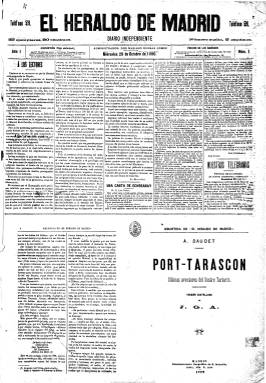
Título: El Heraldo de Madrid
Colección: Periódicos
Ámbito geográfico: Madrid
Lugar de publicación: Madrid
Fechas: 29/10/1890-26/03/1939

Publicación vespertina o de la noche, que llegará a tirar diversas ediciones diarias, es fundada con una tendencia demócrata avanzada por Felipe Ducazcal (1845-1891), siendo sus primeros directores Augusto Suárez Figueroa (1852-1904) y José Gutiérrez Abascal (1852-1907). Seguidamente será propietario y director Eugenio González Sangrador y, ya en 1893, perderá el artículo de su título y será adquirido e inspirado por José Canalejas (1854-1916), convirtiéndose en órgano del Partido Liberal, manteniendo su tendencia demócrata y anticlerical, siendo partidario de la confrontación bélica de 1898. A partir de 1902 lo dirige José Francos Rodríguez (1862-1931). Entre sus redactores se encuentra el diputado Santiago Matáix (1871-1918) y tendrá a Luis Bonafoux (1855-1918) como corresponsal en París, entre 1902 y 1906.

Será un gran diario de información general, siendo durante el primer tercio del siglo veinte uno de los de mayor tirada y más populares con gran aceptación por parte de la clase obrera, que dará amplio despliegue a las noticias de sucesos, pero también a las de carácter social y político, así como especial relieve a la información de espectáculos y a la vida y la crítica teatral. Incluirá noticias económicas, de bolsa y telegramas del extranjero y de provincias, aunque será un periódico eminentemente madrileño.

En 1906 será adquirido por la Sociedad Editorial de España, el conocido Trust de la prensa del periodo, que compra también de El Imparcial (1867-1933) y El Liberal (1879-1939), y se hará partidario de Segismundo Moret (1838-1913), el otro gran líder del Partido Liberal. Lo dirigirá entonces Baldomero Argente (1877-1965) y, desde 1909 a 1926, José Rocamora (1869-1936).

José Echegaray y Luis Bello (1872-1932) estarán entre sus colaboradores y redactores, y en 1909 se incorporará Ramiro de Maeztu (1875-1936), que publicará artículos desde Londres. Otros redactores destacados serán el diputado republicano Luis Morote (1862-1913), de 1902 a 1909, y Adelardo Fernández Arias (1880-1951), e incorporará a la primera redactora de la prensa española, Carmen de Burgos (1878-1932).

Aliadófilo durante la primera guerra mundial, en 1917, contará con colaboradores de todas las tendencias y, un año después, pasará a ser propiedad de la Sociedad Editora Universal, de los hermanos Manuel y Juan Busquets, también propietarios del matutino El Liberal. Su actitud contra el golpe y la dictadura del general Primo de Rivera y su desafección a la monarquía, le harán recuperar la influencia que había perdido en años anteriores. En 1922 había sido fichado como redactor-jefe Manuel Marquina y entre sus redactores se encontraba Vicente Sánchez Ocaña (1895-1962).

En 1927 empezará a dirigirlo Manuel Fontdevila (1888-1957) y se declarará abiertamente republicano, criticando duramente al gobierno del general  Berenguer, contribuyendo a la movilización antimonárquica y recobrando su gran prestigio anterior. En 1924 se había incorporado a su redacción César González Ruano (1903-1965). Manuel Chaves Nogales  (1897-1944) será su redactor-jefe y entre sus redactores estará Manuel Bueno (1874-1936) y el crítico literario Miguel Pérez Ferrero (1905-1978).

Durante la II República será uno de los principales defensores de los partidos republicanos de izquierda y el rotativo vespertino de mayor tirada. Lo dirigirá Francisco Villanueva (1875-1946) y Juan Antonio Cabero (1890-1964) será su redactor cinematográfico en esta época. En 1934 llegará a ser suspendido por su ya marcada tendencia socialista. Al finalizar la guerra civil, varios de sus redactores serán encarcelados y condenados a muerte y de sus talleres incautados nacerá el diario Madrid (1939-1971).